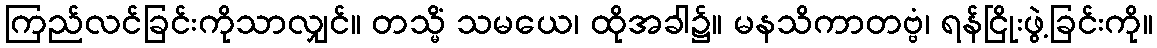
ကြည်လင်ခြင်းကိုသာလျှင်။ တသ္မိံ သမယေ၊ ထိုအခါ၌။ မနသိကာတဗ္ဗံ၊ ရန်ငြိုးဖွဲ့ခြင်းကို။